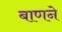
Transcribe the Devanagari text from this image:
बाणने